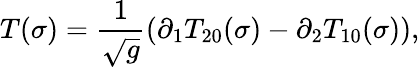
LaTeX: T(\sigma)=\frac{1}{\sqrt{g}}(\partial_{1}T_{20}(\sigma)-\partial_{2}T_{10}(\sigma)),